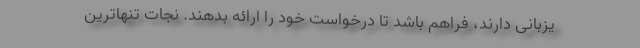
یزبانی دارند، فراهم باشد تا درخواست خود را ارائه بدهند. نجات تنهاترین